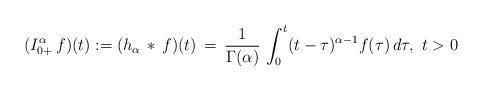
LaTeX: \begin{align*}(I^\alpha_{0+}\, f)(t) := (h_\alpha\, * \, f)(t) \, = \, \frac{1}{\Gamma(\alpha)}\, \int_0^t (t-\tau)^{\alpha-1}f(\tau)\, d\tau,\ t>0\end{align*}